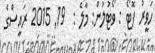
ހަވީރު ފޮޓޯ : ވޯޓުލުން: މާލެ :  19